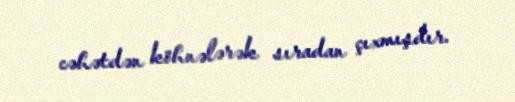
cəhətdən köhnələrək sıradan çıxmışdır.